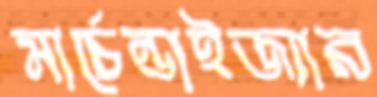
মার্চেন্ডাইজ্যার